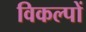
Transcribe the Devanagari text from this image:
विकल्‍पों